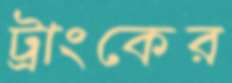
ট্রাংকের